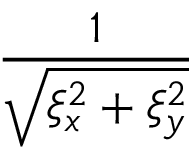
\frac { 1 } { \sqrt { \xi _ { x } ^ { 2 } + \xi _ { y } ^ { 2 } } }